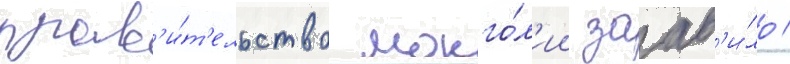
прав'и́т'ельство монго́л'ии заав'и́ло /